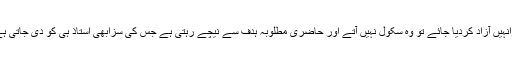
اگرانہیں آزاد کردیا جائے تو وہ سکول نہیں آتے اور حاضری مطلوبہ ہدف سے نیچے رہتی ہے جس کی سزابھی استاذ ہی کو دی جاتی ہے ۔